Civil Veterinary Department. United Provinces 1923-31 - 1923-1931
Year: 1923
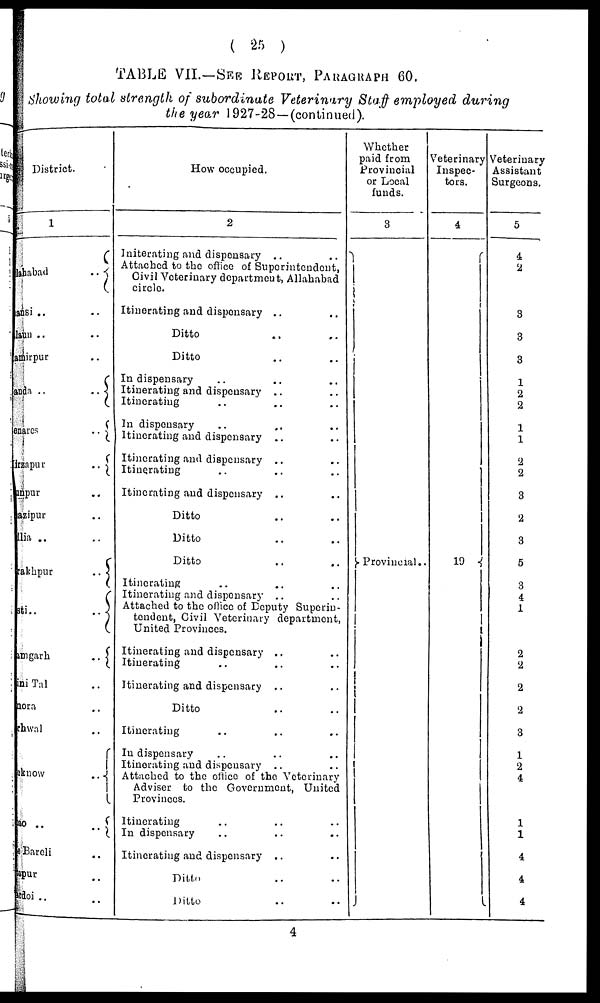
(25)
TABLE VII.-SEE REPORT, PATAGRAPHS 60.
Showing total strength of subordinate Veterinary Staff employed during
the year 1927-28—(continued).
District.
1
lahabad
..
ansi ..
..
laun ..
..
amirpur ..
anda ..
..
snares
..
irzapur
..
inpur
..
azipur
..
lia
....
sakhpur..
ati..
mgarh
..
ni Tal
..
nora
..
rhwal
..
uknow
..
so ..
..
Bareli
..
spur
..
rdoi ..
..
How occupied.
2
Initerating and dispensary ..
..
Attached to the office of Superintendent,
Civil Veterinary department, Allahabad
circle
Itinerating and dispensary .. ..
Ditto .. ..
Ditto .. ..
In dispensary .. .. ..
Itinerating and dispensary .. ..
Itinerating .. .. ..
In dispensary .. .. ..
Itinerating and dispensary .. ..
Itinerating and dispensary .. ..
Itinerating .. .. ..
Itinerating and dispensary .. ..
Ditto .. ..
Ditto .. ..
Ditto .. ..
Itinerating .. .. ..
Itinerating and dispensary .. ..
Attached to the office of Deputy Superin-
tendent, Civil Veterinary department,
United Provinces.
Itinerating and dispensary .. ..
Itinerating .. .. ..
Itinerating and dispensary .. ..
Ditto .. ..
Itinerating .. .. ..
In dispensary .. .. ..
Itinerating and dispensary .. ..
Attached to the office of the Veterinary
Adviser to the Government, United
Provinces.
Itinerating .. .. ..
In dispensary .. .. ..
Itinerating and dispensary .. ..
Ditto .. ..
Ditto .. ..
Whether
paid from
Provincial
or Local
funds.
3
Provincial..
Veterinary
Inspec-
tors.
4
19
Veterinary
Assistant
Surgeons,
5
4
2
3
3
3
1
2
2
1
1
2
2
3
2
3
5
3
4
1
2
2
2
2
3
1
2
4
1
1
4
4
4
4